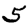
Digit: 5